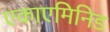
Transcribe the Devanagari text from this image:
एकाएमिनिड